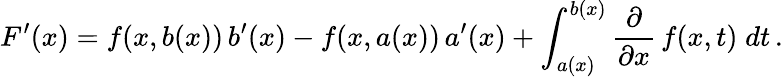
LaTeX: F^{\prime}(x)=f(x,b(x))\, b^{\prime}(x)-f(x,a(x))\, a^{\prime}(x)+\int_{a(x)}^{b(x)}{\frac{\partial}{\partial x}}\, f(x,t)\; dt\, .